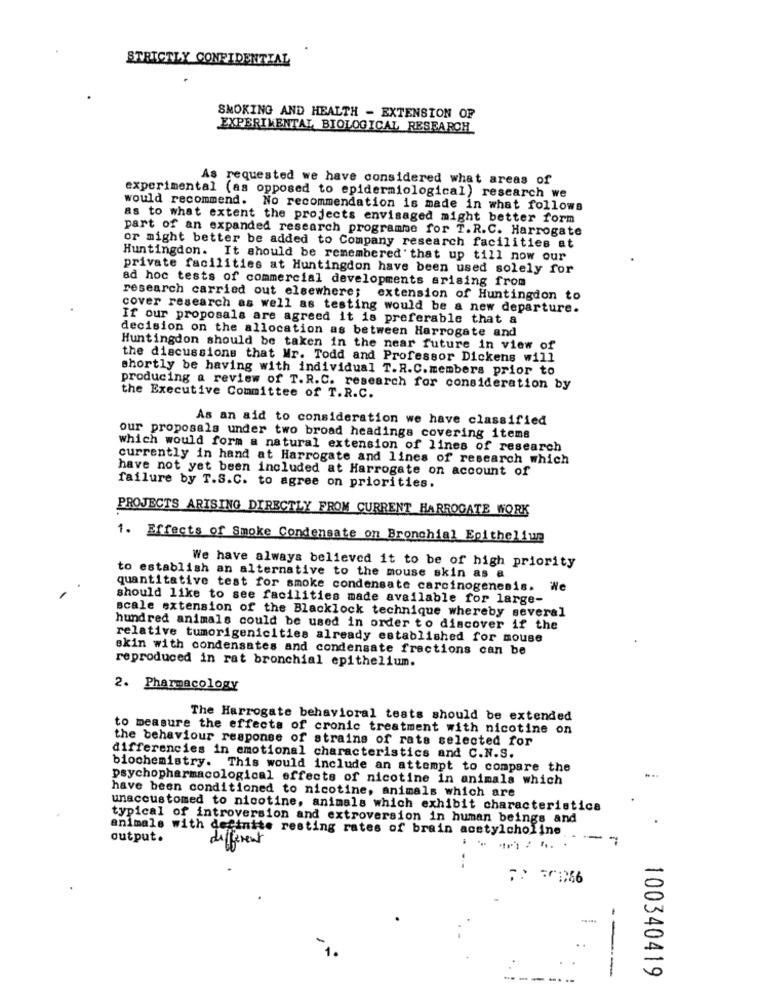
STRICTLY CONFIDENTIAL
SMOKING AND HEALTH - EXTENSION OF
EXPERIMENTAL BIOLOGICAL RESEARCH
As requested we have considered what areas of
experimental (as opposed to epidermiological) research we
would recommend. No recommendation is made in what follows
as to what extent the projects envisaged might better form
part of an expanded research programme for T.R.C. Harrogate
or might better be added to Company research facilities at
Huntingdon. It should be remembered that up till now our
private facilities at Huntingdon have been used solely for
ad hoc tests of commercial developments arising from
research carried out elsewhere; extension of Huntingdon to
cover research as well as testing would be a new departure.
If our proposals are agreed it is preferable that a
decision on the allocation as between Harrogate and
Huntingdon should be taken in the near future in view of
the discussions that Mr. Todd and Professor Dickens will
shortly be having with individual T.R.C.members prior to
producing a review of T.R.C. research for consideration by
the Executive Committee of T.R.C.
As an aid to consideration we have classified
our proposals under two broad headings covering items
which would form a natural extension of lines of research
currently in hand at Harrogate and lines of research which
have not yet been included at Harrogate on account of
failure by T.S.C. to agree on priorities.
PROJECTS ARISING DIRECTLY FROM CURRENT HARROGATE WORK
1. Effects of Smoke Condensate on Bronchial Epithelium
We have always believed it to be of high priority
to establish an alternative to the mouse skin as a
quantitative test for smoke condensate carcinogenesis. We
should like to see facilities made available for large-
scale extension of the Blacklock technique whereby several
hundred animals could be used in order to discover if the
relative tumorigenicities already established for mouse
ekin with condensates and condensate fractions can be
reproduced in rat bronchial epithelium.
2. Pharmacology
The Harrogate behavioral tests should be extended
to measure the effects of cronic treatment with nicotine on
the behaviour response of strains of rats selected for
differencies in emotional characteristics and C.N.S.
biochemistry. This would include an attempt to compare the
psychopharmacological effects of nicotine in animals which
have been conditioned to nicotine, animals which are
unaccustomed to nicotine, animals which exhibit characteristics
typical of introversion and extroversion in human beings and
animals with definite resting rates of brain acetylcholine
output.
different
--
------
100340419